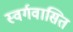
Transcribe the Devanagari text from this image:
स्वर्गवासित